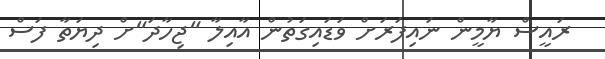
ރައީސް ޔާމީން ނައިފަރަށް ވަޑައިގަތުން އާއިލާ "ޖިހާދަ"ށް ދިޔަތާ ފަސް